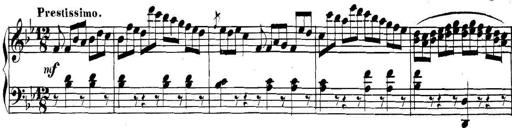
Title: Collected Piano Sonatas
Composer: Muzio Clementi